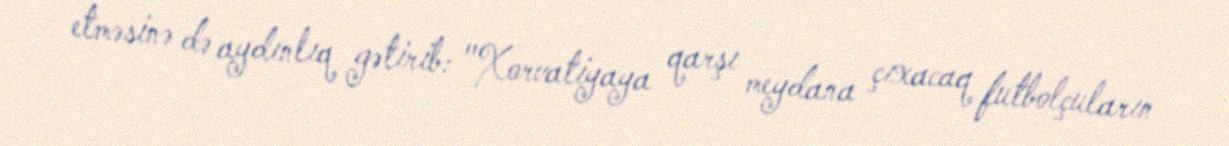
etməsinə də aydınlıq gətirib: "Xorvatiyaya qarşı meydana çıxacaq futbolçuların